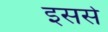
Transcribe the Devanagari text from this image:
इससेे